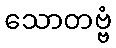
သောတဗ္ဗံ